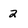
Character: 2